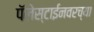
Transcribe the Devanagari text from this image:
पॅलेस्टाईनवरच्या